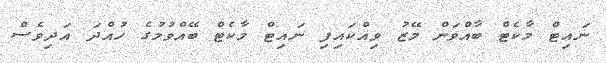
ނައިޓް މާކެޓް ބާއްވަން މޭޒު ވިއްކައިފި ނައިޓް މާކެޓް ބޭއްވުމުގެ ހުއްދަ އަދިވެސް